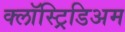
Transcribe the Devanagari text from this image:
क्लॉस्ट्रिडिअम